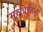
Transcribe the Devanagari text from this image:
सुरुचिर्हुतभुग